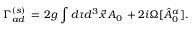
\Gamma _ { a d } ^ { ( s ) } \, = \, 2 g \int d \tau d ^ { 3 } { \vec { x } } \, A _ { 0 } \, + 2 i \Omega [ { \hat { A } } _ { 0 } ^ { a } ] .